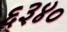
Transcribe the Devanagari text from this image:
६३४०